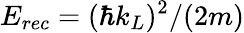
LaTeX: E_{rec}=(\hbar k_{L})^{2}/(2m)